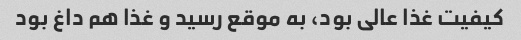
کیفیت غذا عالی بود، به موقع رسید و غذا هم داغ بود